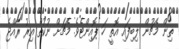
ތިން މެޗުން ލިބިފައި އޮތީ ހަ ޕޮއިންޓެވެ. މެޗަށް ނުކުތް އިރު ރާއްޖެ